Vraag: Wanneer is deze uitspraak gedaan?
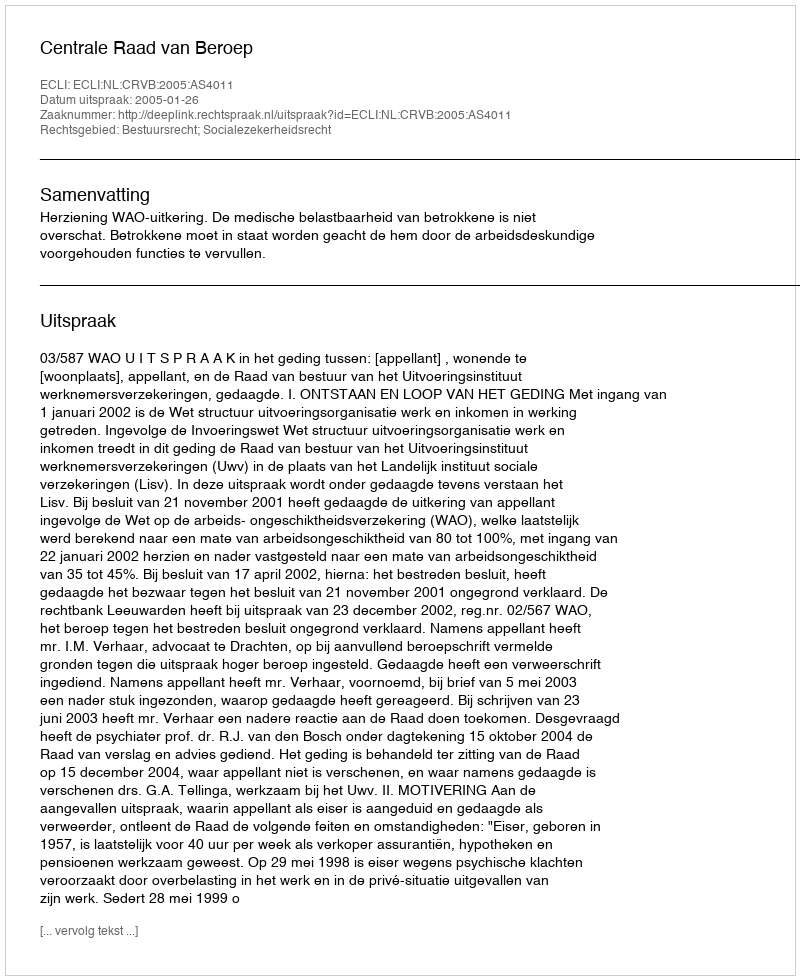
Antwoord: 2005-01-26